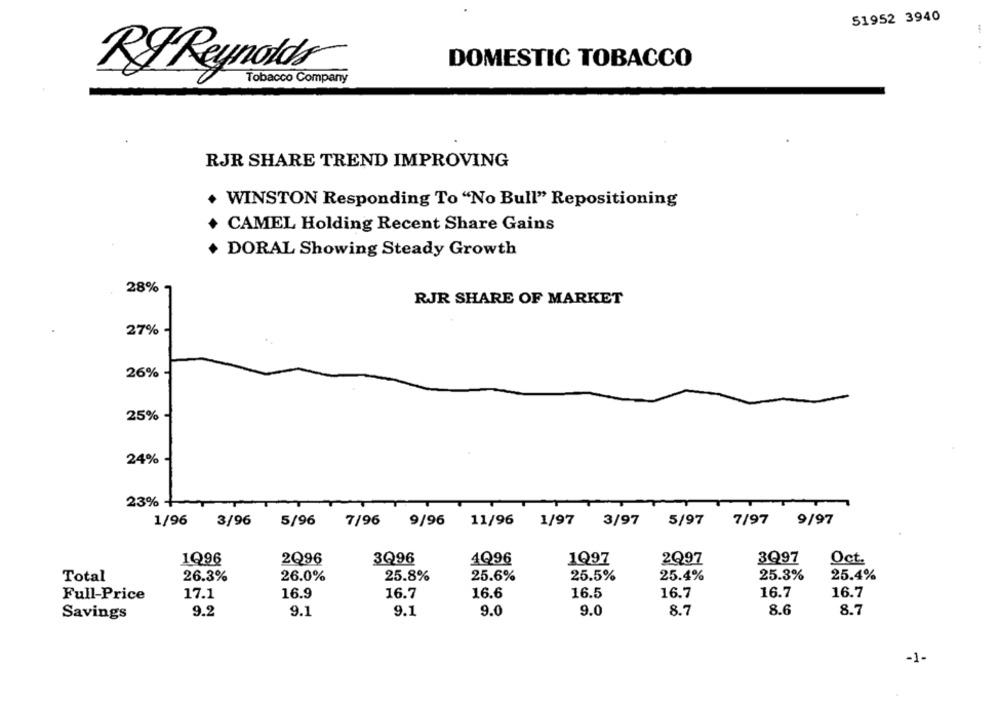
51952 3940
DOMESTIC TOBACCO
RF Reynolds
Tobacco Company
RJR SHARE TREND IMPROVING
WINSTON Responding To "No Bull" Repositioning
CAMEL Holding Recent Share Gains
DORAL Showing Steady Growth
28%
RJR SHARE OF MARKET
27%
26%
25%
24%
23% -
1/96
3/96
5/96
7/96 9/96
11/96
1/97 3/97
5/97
7/97 9/97
1Q96
2Q96
3Q96
4996
1Q97
2Q97
3Q97
Oct.
25.3%
25.4%
Total
26.3%
26.0%
25.8%
25.6%
25.5%
25.4%
Full-Price
17.1
16.9
16.7
16.6
16.5
16.7
16.7
16.7
8.7
Savings
9.2
9.1
9.1
9.0
9.0
8.7
8.6
-1-